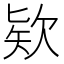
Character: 欵